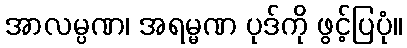
အာလမ္ပဏ၊ အရမ္မဏ ပုဒ်ကို ဖွင့်ပြပုံ။